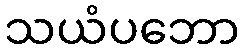
သယံပဘော